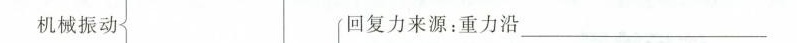
机械振动 回复力来源：重力沿___